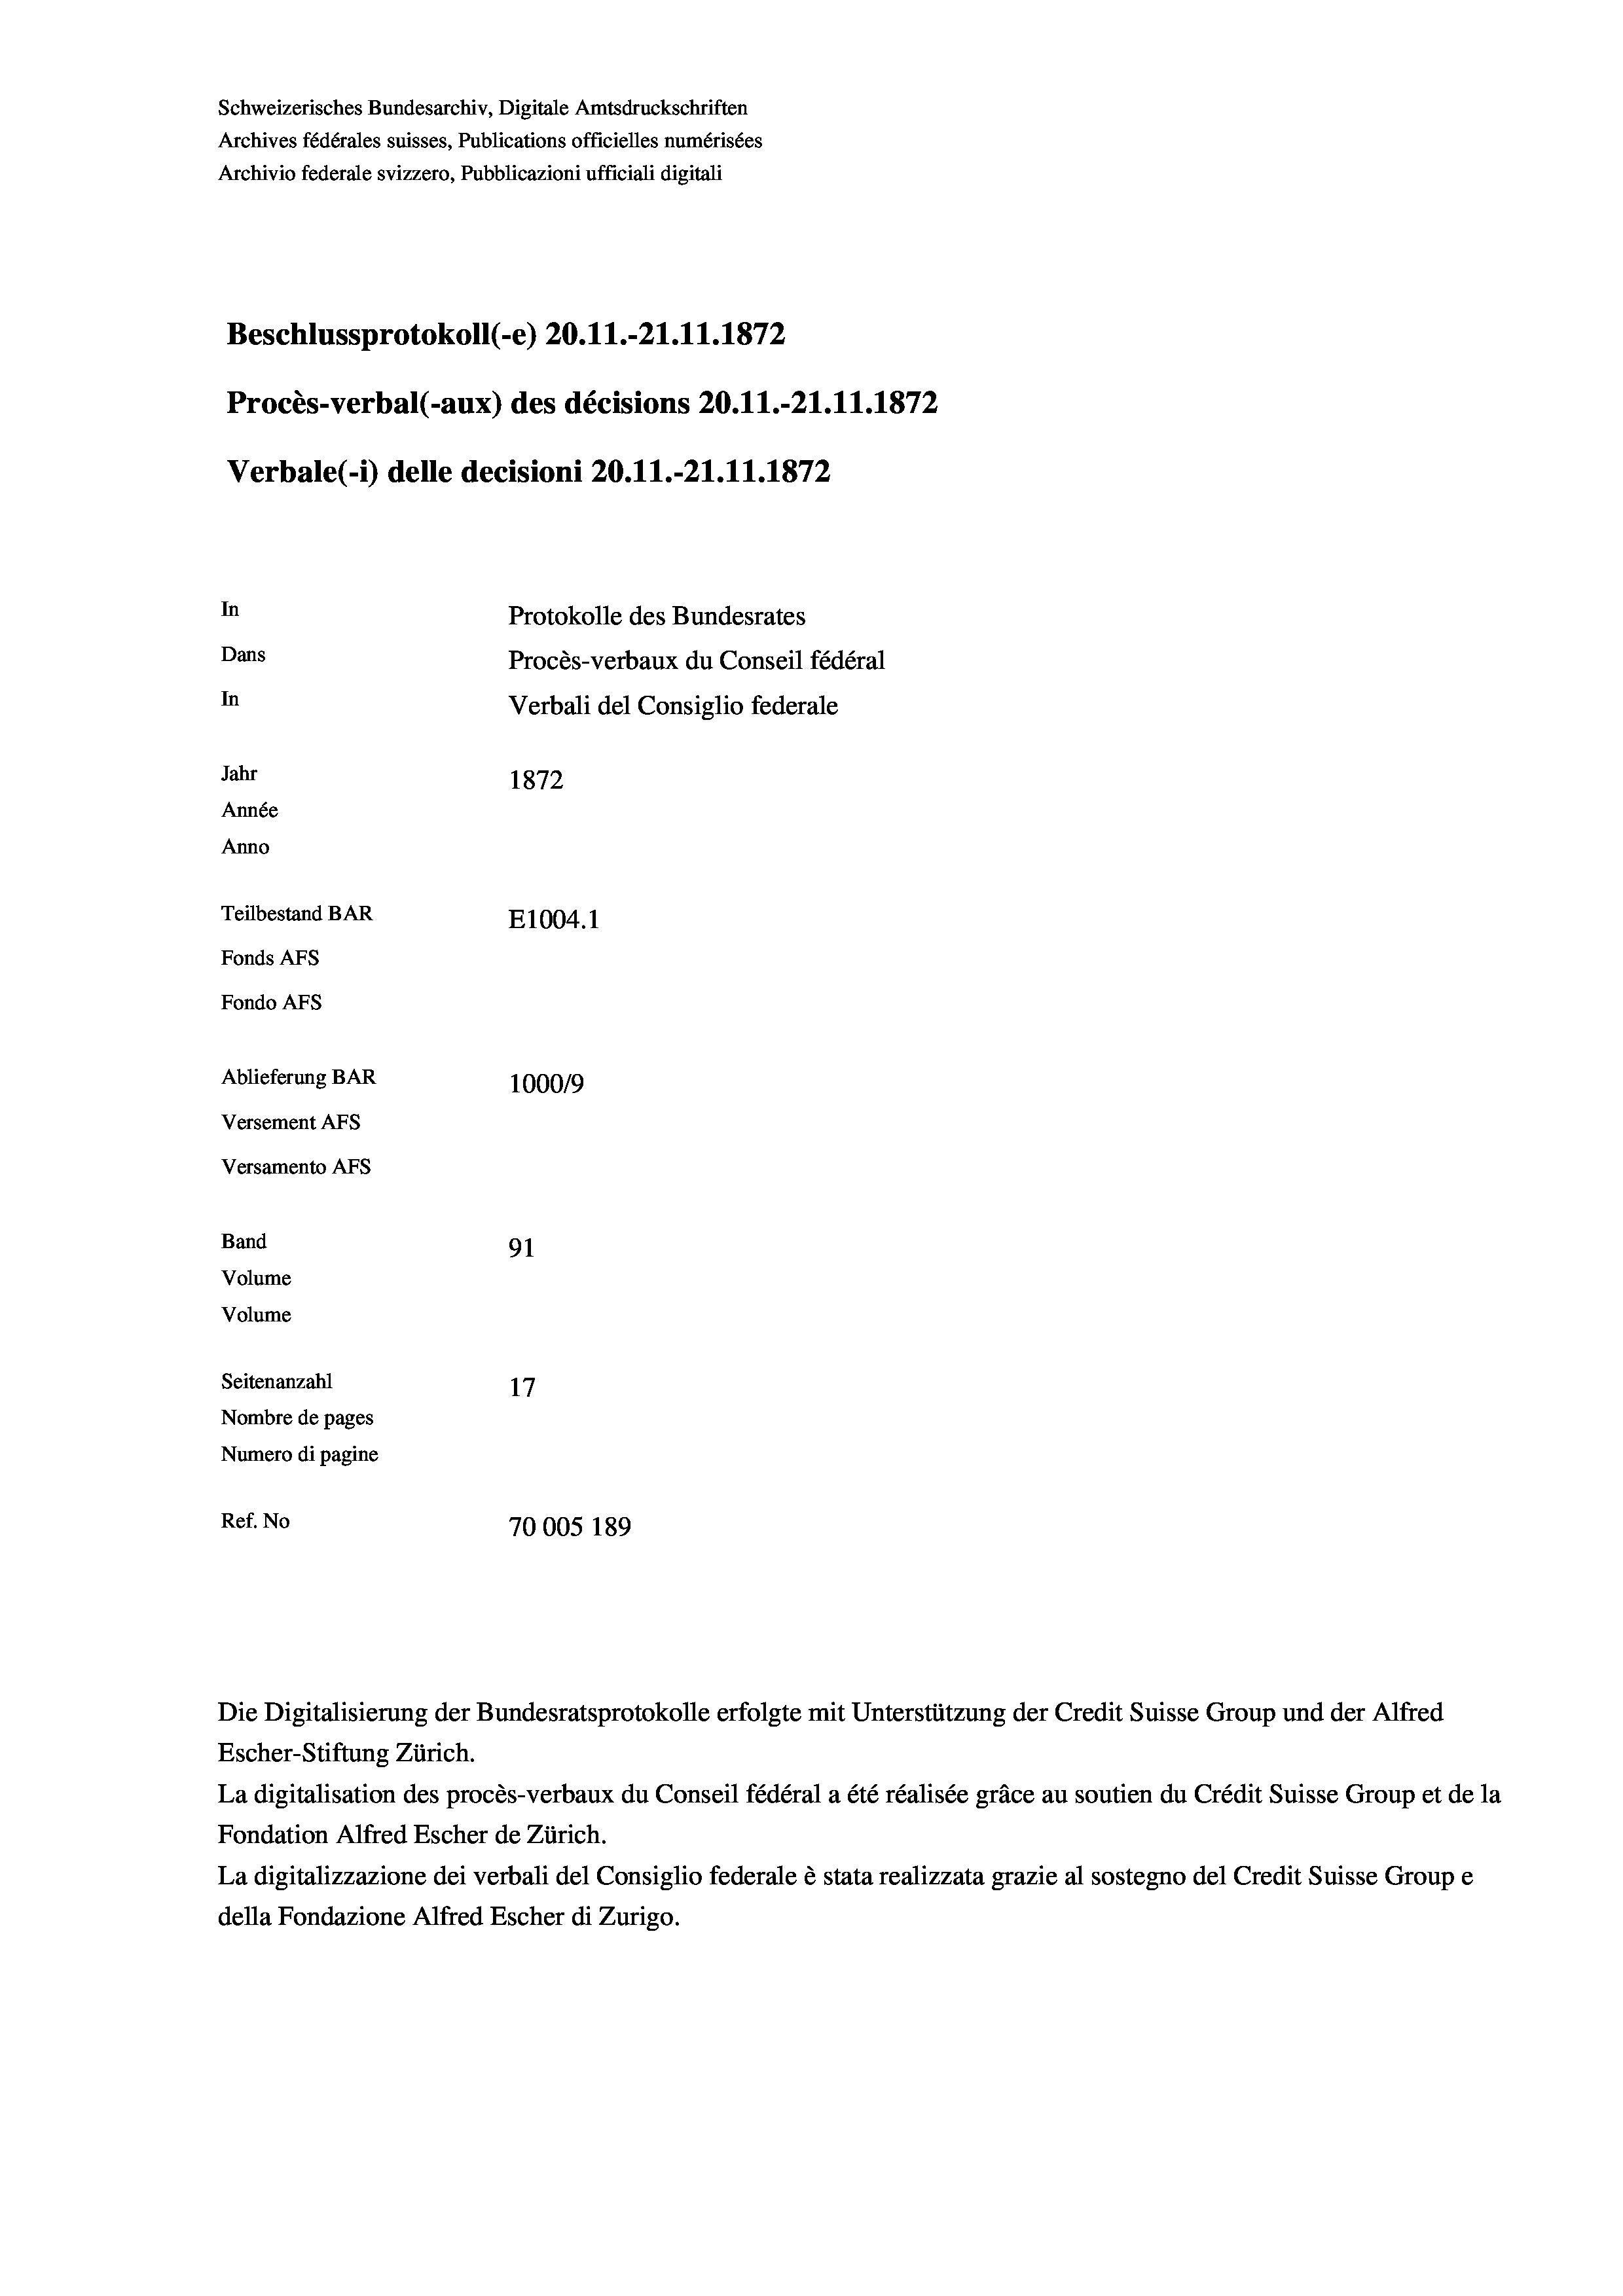
Schweizerisches Bundesarchiv, Digitale Amtsdruckschriften
Archives fédérales suisses, Publications officielles numérisées
Archivio federale svizzero, Pubblicazioni ufficiali digitali
Beschlussprotokoll (-e) 20.11.-21.11.1872
Procès-verbal (-aux) des décisions 20.11.-21.11.1872
Verbale (1) delle decisioni 20.11.-21.11.1872
In
Protokolle des Bundesrates
Dans
Procès-verbaux du Conseil fédéral
In
Verbali del Consiglio federale
Jahr
1872
Année
Anno
Teilbestand BAR
E1004.1
Fonds AFs
Fondo Afs
Ablieferung BAR
100019
Versement AFs
Versamento Afs
Band
91
Volume
Volume

Seitenanzahl
17
Nombre de pages
Numero di pagine
Ref. No
70005 189

La digitalisation des procès-verbaux du Conseil fédéral a été réalisée gräce au soutien du Crédit Suisse Group et de la
Fondation Alfred Escher de Zürich.
La digitalizzazione dei verbali del Consiglio federale è stata realizzata grazie al sostegno del Credit Suisse Groupe
della Fondazione Alfred Escher di Zurigo.

Die Digitalisierung der Bundesratsprotokolle erfolgte mit Unterstützung der Credit Suisse Group und der Alfred
Escher-Stiftung Zürich.